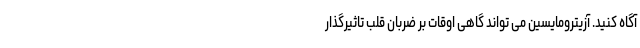
آگاه کنید. آزیترومایسین می تواند گاهی اوقات بر ضربان قلب تاثیرگذار